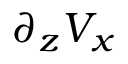
\partial _ { z } V _ { x }